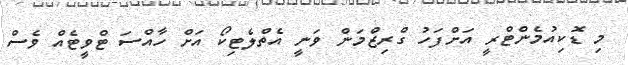
މި ޑޮކިއުމެންޓްރީ އަށްފަހު ގްރިޒްމަން ވަނީ އެތްލެޓިކޯ އަށް ހާއްސަ ޓްވީޓެއް ވެސް